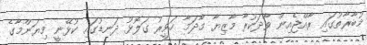
މުބާރާތުގައި ރާއްޖެެއިން ވާދަކުރާ މާޒިޔާ މާދަމާ ހަވީރު ގަލޮޅު ދަނޑުގައި ކުޅޭނީ މިޔަންމާގެ